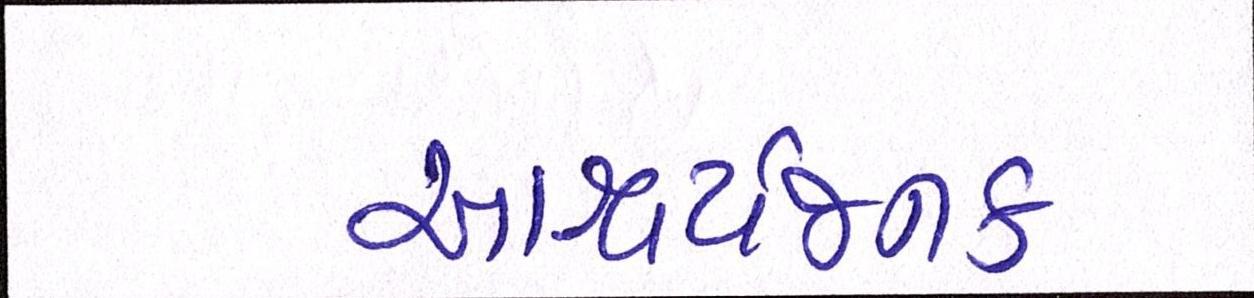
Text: આશ્ચર્યજનક